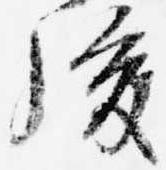
後